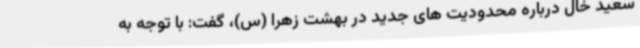
سعید خال درباره محدودیت های جدید در بهشت زهرا (س)، گفت: با توجه به